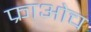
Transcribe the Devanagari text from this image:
फ्राओच